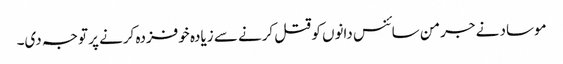
موساد نے جرمن سائنس دانوں کو قتل کرنے سے زیادہ خوفزدہ کرنے پر توجہ دی۔